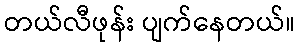
တယ်လီဖုန်း ပျက်နေတယ်။